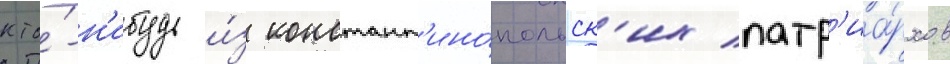
кто́-н'ибудь и́з констант'ино́польск'их патр'иа́рхов